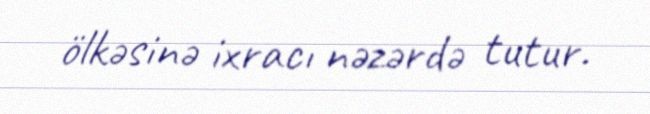
ölkəsinə ixracı nəzərdə tutur.